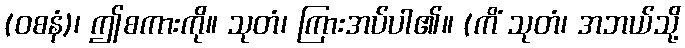
(ဝစနံ)၊ ဤစကားကို။ သုတံ၊ ကြားအပ်ပါ၏။ (ကိံ သုတံ၊ အဘယ်သို့